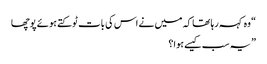
“ وہ کہہ رہا تھا کہ میں نے اس کی بات ٹوکتے ہوئے پوچھا
” یہ سب کیسے ہوا؟